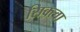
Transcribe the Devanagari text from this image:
सिक्त्वा